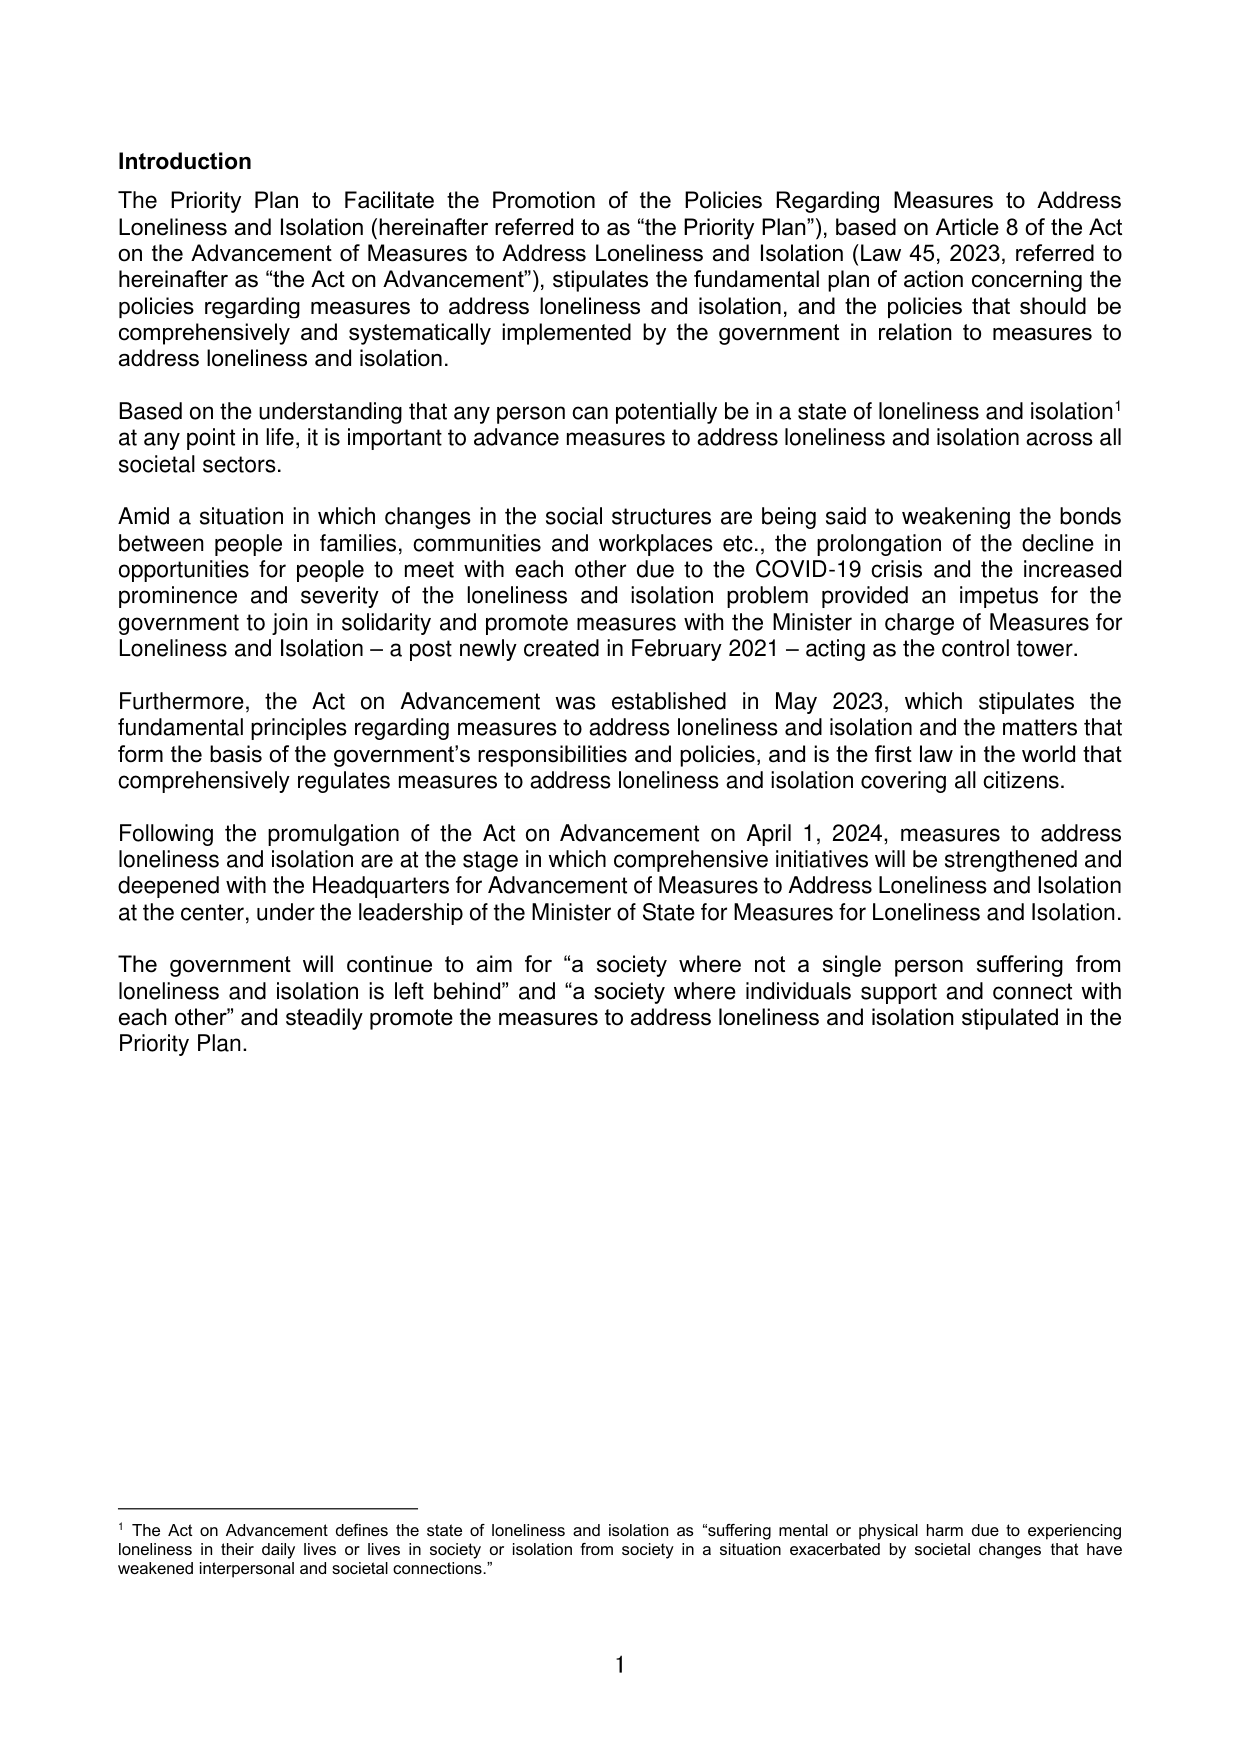
Introduction

The Priority Plan to Facilitate the Promotion of the Policies Regarding Measures to Address Loneliness and Isolation (hereinafter referred to as “the Priority Plan”), based on Article 8 of the Act on the Advancement of Measures to Address Loneliness and Isolation (Law 45, 2023, referred to hereinafter as “the Act on Advancement”), stipulates the fundamental plan of action concerning the policies regarding measures to address loneliness and isolation, and the policies that should be comprehensively and systematically implemented by the government in relation to measures to address loneliness and isolation.

Based on the understanding that any person can potentially be in a state of loneliness and isolation¹ at any point in life, it is important to advance measures to address loneliness and isolation across all societal sectors.

Amid a situation in which changes in the social structures are being said to weakening the bonds between people in families, communities and workplaces etc., the prolongation of the decline in opportunities for people to meet with each other due to the COVID-19 crisis and the increased prominence and severity of the loneliness and isolation problem provided an impetus for the government to join in solidarity and promote measures with the Minister in charge of Measures for Loneliness and Isolation – a post newly created in February 2021 – acting as the control tower.

Furthermore, the Act on Advancement was established in May 2023, which stipulates the fundamental principles regarding measures to address loneliness and isolation and the matters that form the basis of the government’s responsibilities and policies, and is the first law in the world that comprehensively regulates measures to address loneliness and isolation covering all citizens.

Following the promulgation of the Act on Advancement on April 1, 2024, measures to address loneliness and isolation are at the stage in which comprehensive initiatives will be strengthened and deepened with the Headquarters for Advancement of Measures to Address Loneliness and Isolation at the center, under the leadership of the Minister of State for Measures for Loneliness and Isolation.

The government will continue to aim for “a society where not a single person suffering from loneliness and isolation is left behind” and “a society where individuals support and connect with each other” and steadily promote the measures to address loneliness and isolation stipulated in the Priority Plan.

¹ The Act on Advancement defines the state of loneliness and isolation as “suffering mental or physical harm due to experiencing loneliness in their daily lives or lives in society or isolation from society in a situation exacerbated by societal changes that have weakened interpersonal and societal connections.”

1